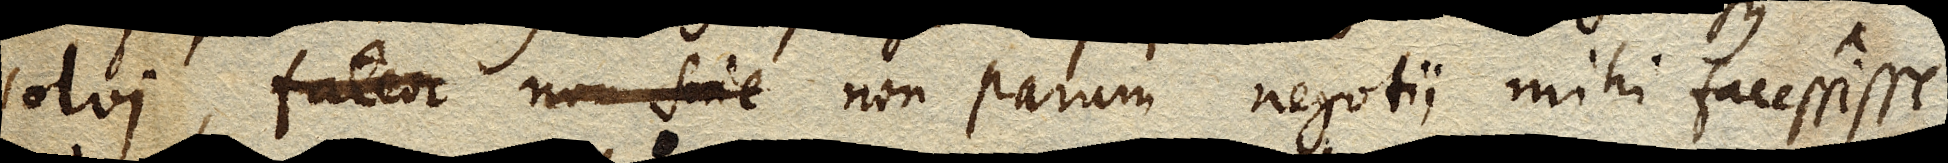
solvi, fateor non sine non parum negotii mihi facessisse.